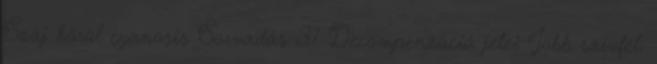
Száj körül cyanosis Sorvadás 37 Decompenzáció jelei Jobb szívfél: